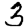
Digit: 3